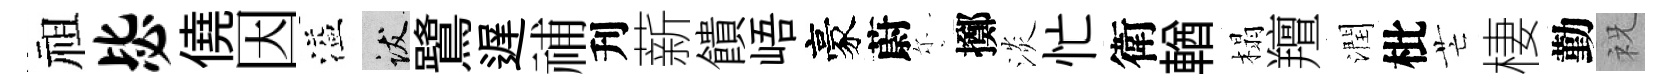
祖毖僥因溢跋鷺遅𥙷刋薪饋峿豪蔚尓擲淡忙衛輶榻羶潤枇芒棲勤祝